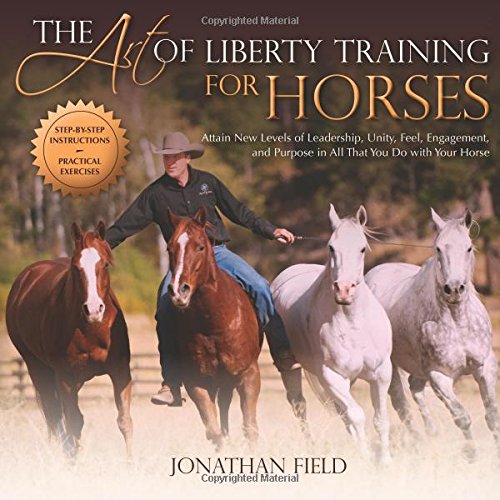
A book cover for The Art of Liberty Training for Horses: Attain New Levels of Leadership, Unity, Feel, Engagement, and Purpose in All That You Do with Your Horse; Jonathan Field; Crafts, Hobbies & Home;